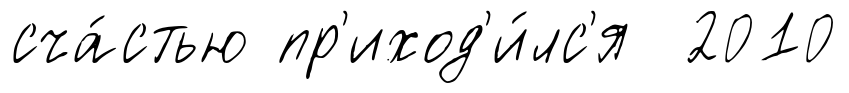
сча́стью пр'иход'и́лс'я 2010